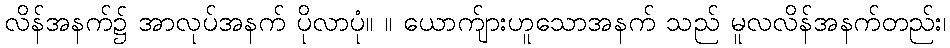
လိန်အနက်၌ အာလုပ်အနက် ပိုလာပုံ။ ။ ယောက်ျားဟူသောအနက် သည် မူလလိန်အနက်တည်း၊